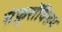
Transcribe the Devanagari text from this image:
सेफ़ुरॉक्सिम